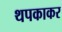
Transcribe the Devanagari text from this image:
थपकाकर